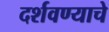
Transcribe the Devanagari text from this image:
दर्शवण्याचे